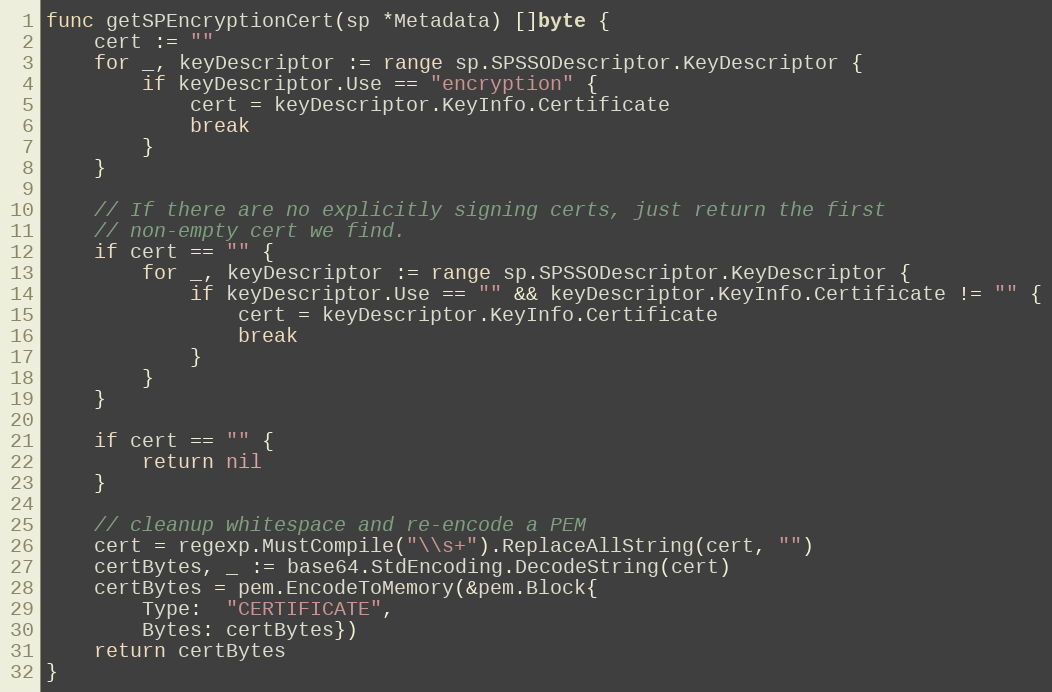
Language: Go
func getSPEncryptionCert(sp *Metadata) []byte {
	cert := ""
	for _, keyDescriptor := range sp.SPSSODescriptor.KeyDescriptor {
		if keyDescriptor.Use == "encryption" {
			cert = keyDescriptor.KeyInfo.Certificate
			break
		}
	}

	// If there are no explicitly signing certs, just return the first
	// non-empty cert we find.
	if cert == "" {
		for _, keyDescriptor := range sp.SPSSODescriptor.KeyDescriptor {
			if keyDescriptor.Use == "" && keyDescriptor.KeyInfo.Certificate != "" {
				cert = keyDescriptor.KeyInfo.Certificate
				break
			}
		}
	}

	if cert == "" {
		return nil
	}

	// cleanup whitespace and re-encode a PEM
	cert = regexp.MustCompile("\\s+").ReplaceAllString(cert, "")
	certBytes, _ := base64.StdEncoding.DecodeString(cert)
	certBytes = pem.EncodeToMemory(&pem.Block{
		Type:  "CERTIFICATE",
		Bytes: certBytes})
	return certBytes
}